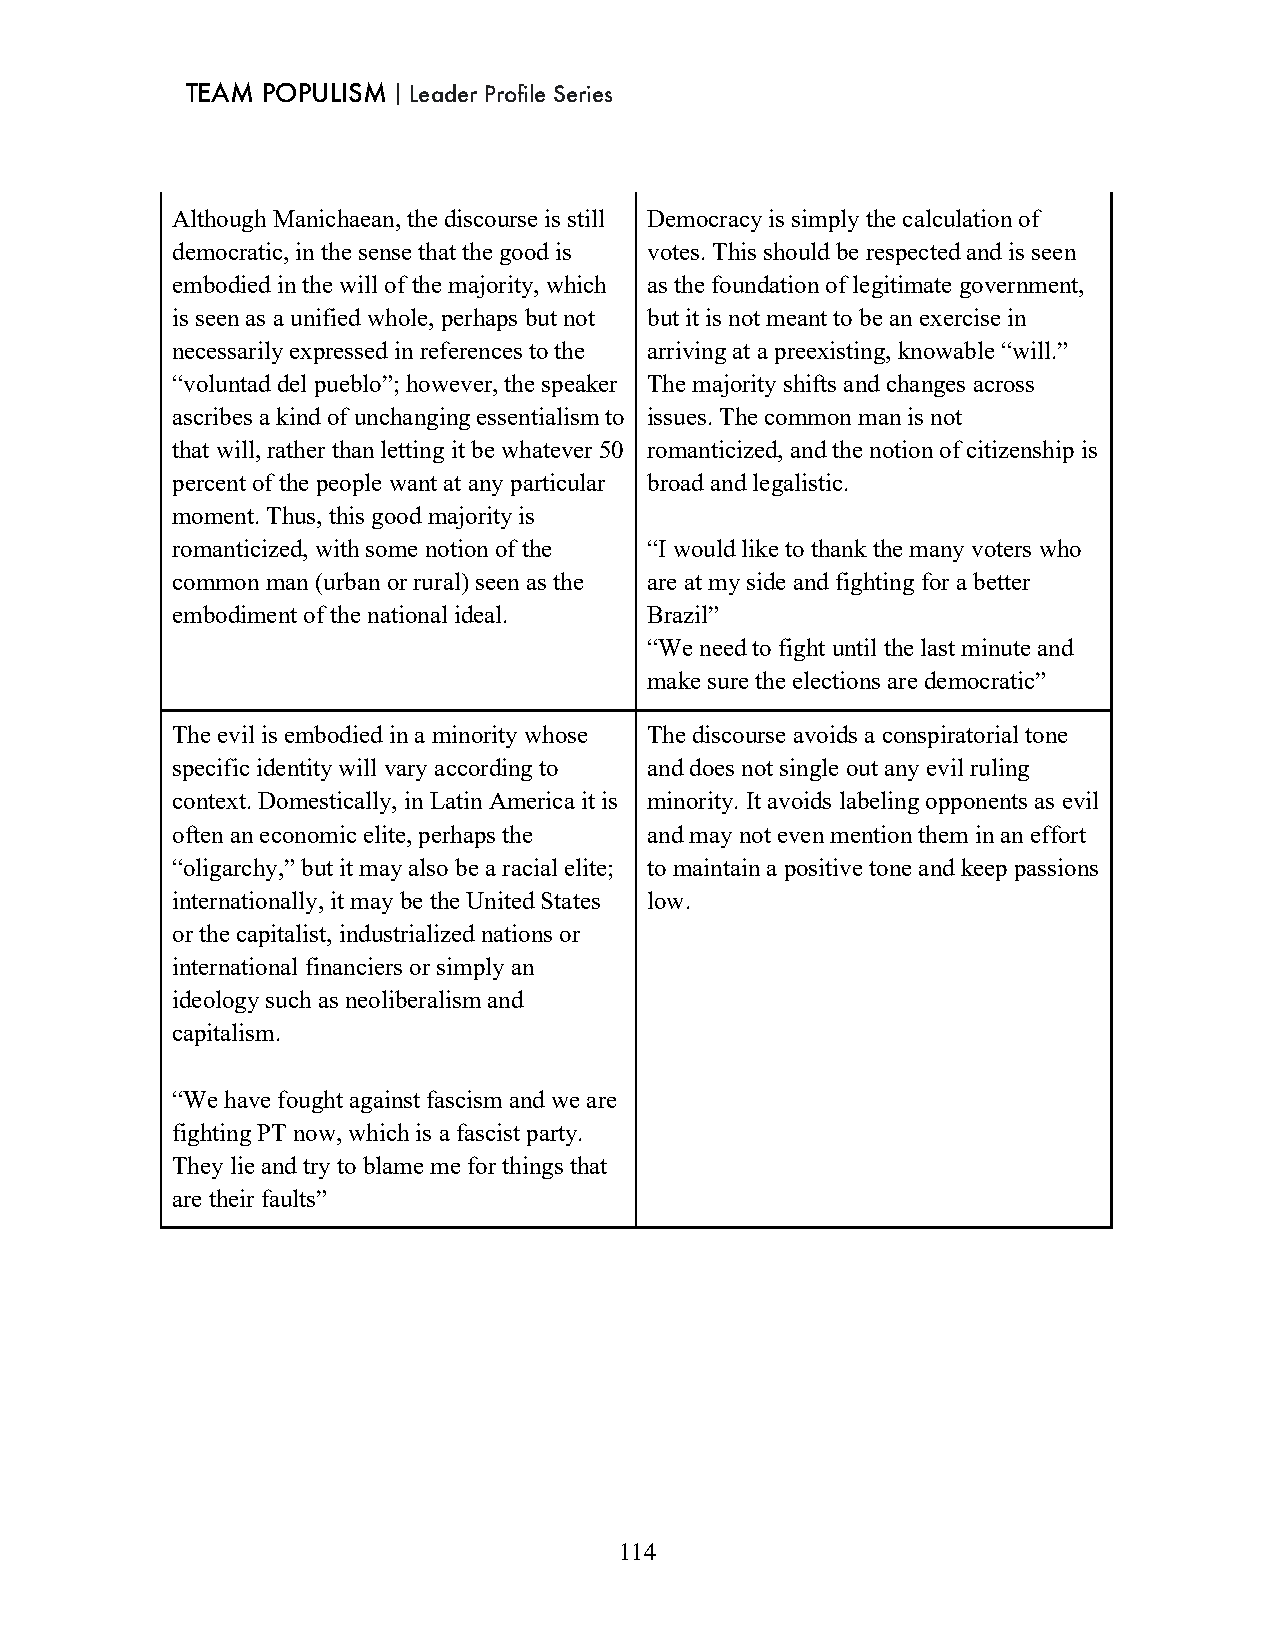
TEAM POPULISM｜Leader Profile Series
 Although Manichaean, the discourse is still Democracy is simply the calculation of
 democratic, in the sense that the good is votes. This should be respected and is seen
 embodied in the will of the majority, which as the foundation of legitimate government,
 is seen as a unified whole, perhaps but not but it is not meant to be an exercise in
 necessarily expressed in references to the arriving at a preexisting, knowable “will.”
 “voluntad del pueblo”; however, the speaker The majority shifts and changes across
 ascribes a kind of unchanging essentialism to issues. The common man is not
 that will, rather than letting it be whatever 50 romanticized, and the notion of citizenship is
 percent of the people want at any particular broad and legalistic.
 moment. Thus, this good majority is
 romanticized, with some notion of the “I would like to thank the many voters who
 common man (urban or rural) seen as the are at my side and fighting for a better
 embodiment of the national ideal. Brazil”
 “We need to fight until the last minute and
 make sure the elections are democratic”
 The evil is embodied in a minority whose The discourse avoids a conspiratorial tone
 specific identity will vary according to and does not single out any evil ruling
 context. Domestically, in Latin America it is minority. It avoids labeling opponents as evil
 often an economic elite, perhaps the and may not even mention them in an effort
 “oligarchy,” but it may also be a racial elite; to maintain a positive tone and keep passions
 internationally, it may be the United States low.
 or the capitalist, industrialized nations or
 international financiers or simply an
 ideology such as neoliberalism and
 capitalism.
 “We have fought against fascism and we are
 fighting PT now, which is a fascist party.
 They lie and try to blame me for things that
 are their faults”
 114